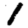
Digit: 1